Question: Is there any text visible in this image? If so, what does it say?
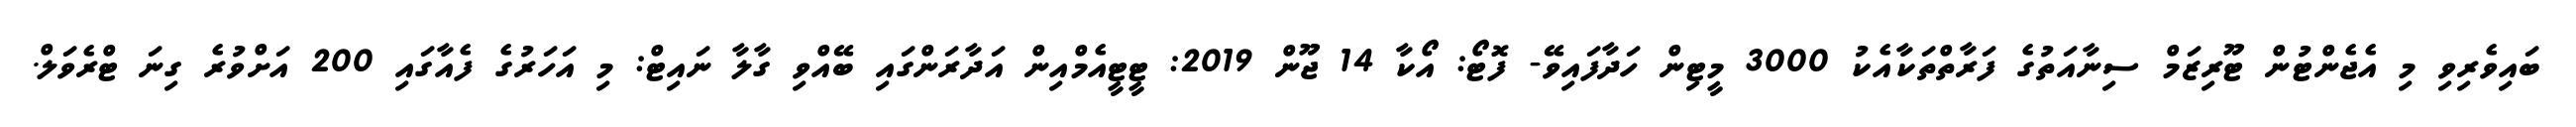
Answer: ބައިވެރިވި މި އެޖެންޓުން ޓޫރިޒަމް ސިނާއަތުގެ ފަރާތްތަކާއެކު 3000 މީޓިން ހަދާފައިވޭ- ފޮޓޯ: އޯކާ 14 ޖޫން 2019: ޓީޓީއެމްއިން އަދާރަންގައި ބޭއްވި ގާލާ ނައިޓް: މި އަހަރުގެ ފެއާގައި 200 އަށްވުރެ ގިނަ ޓްރެވަލް.